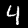
Label: 4